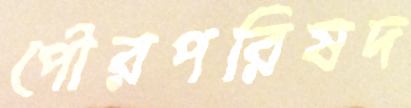
পৌরপরিষদ